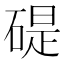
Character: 碮